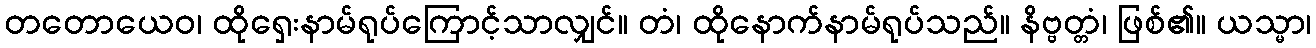
တတောယေဝ၊ ထိုရှေးနာမ်ရုပ်ကြောင့်သာလျှင်။ တံ၊ ထိုနောက်နာမ်ရုပ်သည်။ နိဗ္ဗတ္တံ၊ ဖြစ်၏။ ယသ္မာ၊